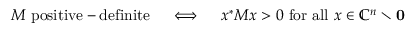
M { \mathrm { ~ p o s i t i v e - d e f i n i t e } } \quad \iff \quad x ^ { * } M x > 0 { \mathrm { ~ f o r ~ a l l ~ } } x \in \mathbb { C } ^ { n } \setminus \mathbf { 0 }